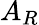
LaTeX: A_{R}